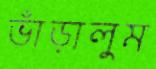
ভাঁড়ালুম